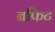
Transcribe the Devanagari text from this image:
बफिट